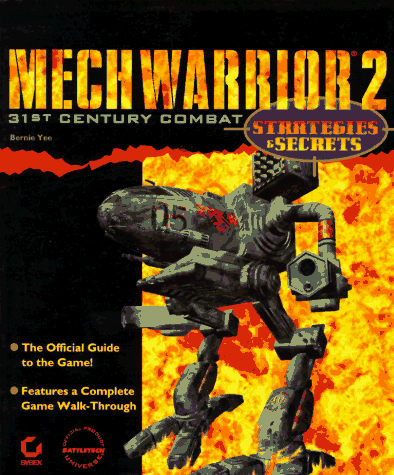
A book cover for Mechwarrior 2 Strategies & Secrets: Strategies & Secrets; Bernie Yee; Science Fiction & Fantasy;